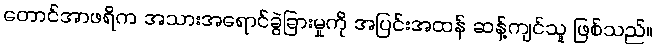
တောင်အာဖရိက အသားအရောင်ခွဲခြားမှုကို အပြင်းအထန် ဆန့်ကျင်သူ ဖြစ်သည်။